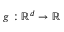
g : \ensuremath { \mathbb { R } ^ { d } } \to \ensuremath { \mathbb { R } }